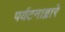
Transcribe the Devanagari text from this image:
पर्यटनाद्वारे